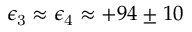
\epsilon _ { \mathrm { 3 } } \approx \epsilon _ { \mathrm { 4 } } \approx + 9 4 \pm 1 0